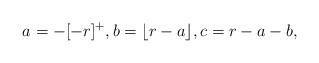
LaTeX: \begin{align*}a = -[-r]^+, b = \lfloor r - a \rfloor, c = r - a-b,\end{align*}